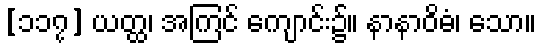
[၁၁၇] ယတ္ထ၊ အကြင် ကျောင်း၌။ နာနာဝိဓံ၊ သော။